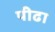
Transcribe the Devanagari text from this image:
पीढा